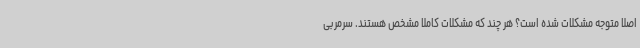
اصلا متوجه مشکلات شده است؟ هر چند که مشکلات کاملا مشخص هستند. سرمربی